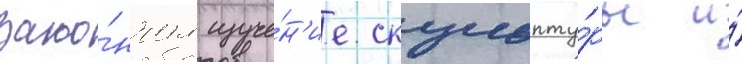
зако́нчил изуче́н'ие скульпту́ры и́